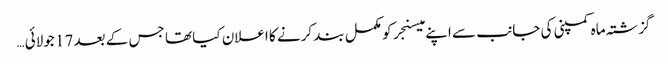
گزشتہ ماہ کمپنی کی جانب سے اپنے میسنجر کو مکمل بند کرنے کا اعلان کیا تھا جس کے بعد 17 جولائی …